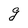
Character: g